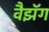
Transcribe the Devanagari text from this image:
वैझॅग